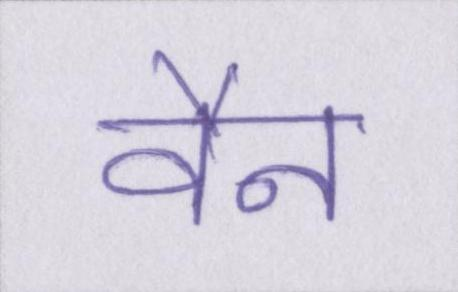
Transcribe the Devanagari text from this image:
वैन